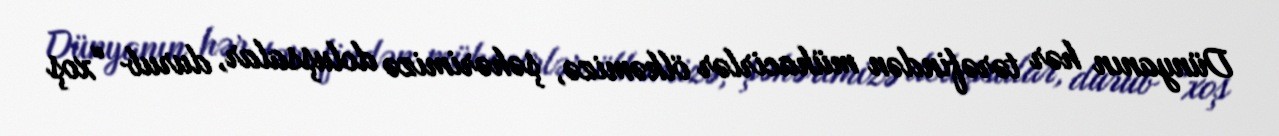
Dünyanın hər tərəfindən mühacirlər ölkəmizə, şəhərimizə doluşsalar, durub “xoş